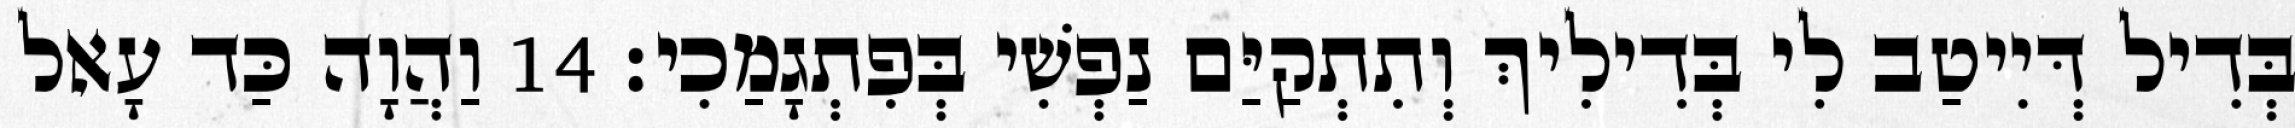
בְּדִיל דְּיִיטַב לִי בְּדִילִיךְ וְתִתְקַיַּם נַפְשִׁי בְּפִתְגָמַכִי׃ 14 וַהֲוָה כַּד עָאל